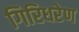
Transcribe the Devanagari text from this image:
गिरिधरेण